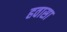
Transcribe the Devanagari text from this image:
हवासा